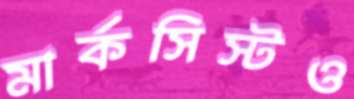
মার্কসিস্টও